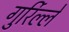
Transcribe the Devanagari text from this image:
गुर्रिल्ले